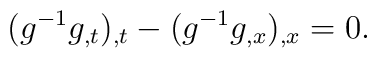
(g^{-1}g_{,t})_{,t} - (g^{-1}g_{,x})_{,x} = 0.